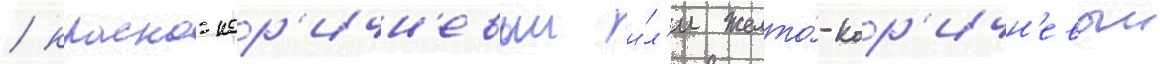
/ красно-кор'ичн'евыи и́л'и желто́-кор'ичн'евыи